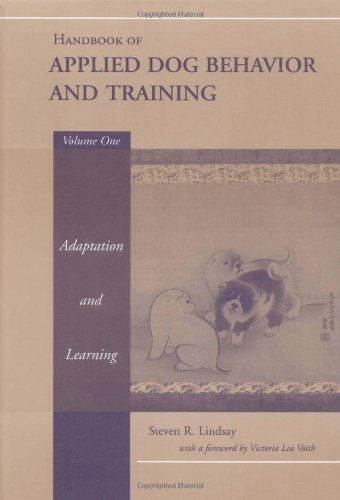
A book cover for Handbook of Applied Dog Behavior and Training, Vol. 1:  Adaptation and Learning; Steven R. Lindsay; Medical Books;